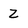
Character: Z